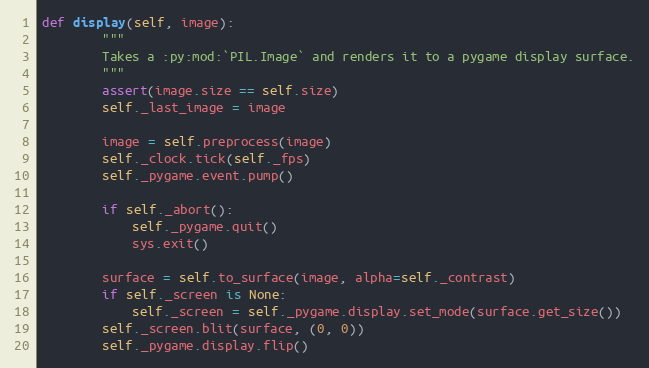
Language: Python
def display(self, image):
        """
        Takes a :py:mod:`PIL.Image` and renders it to a pygame display surface.
        """
        assert(image.size == self.size)
        self._last_image = image

        image = self.preprocess(image)
        self._clock.tick(self._fps)
        self._pygame.event.pump()

        if self._abort():
            self._pygame.quit()
            sys.exit()

        surface = self.to_surface(image, alpha=self._contrast)
        if self._screen is None:
            self._screen = self._pygame.display.set_mode(surface.get_size())
        self._screen.blit(surface, (0, 0))
        self._pygame.display.flip()